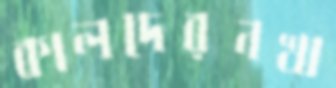
কালদেরনখা